Vaccination in Burma 1889-1999 - 1889-1999
Year: 1889
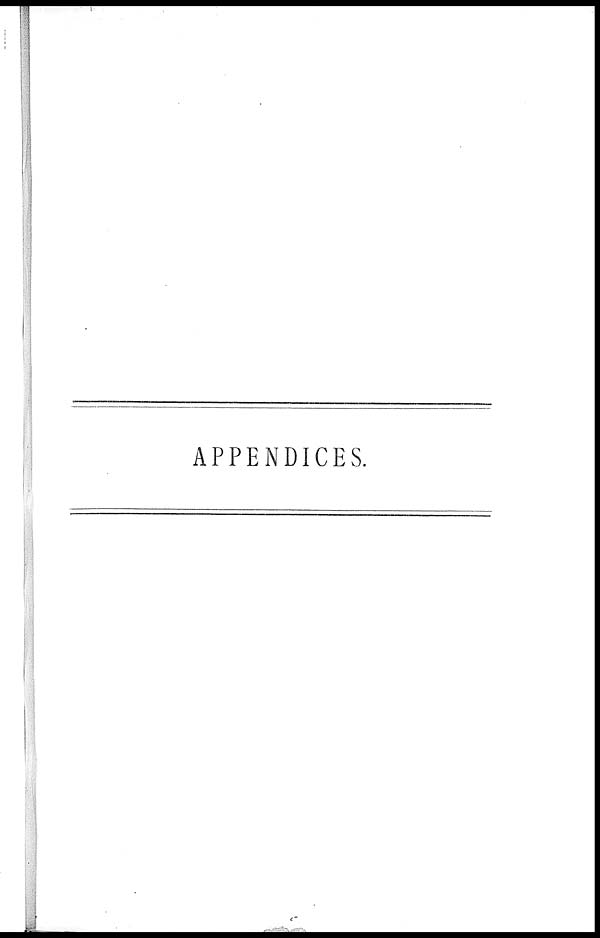
APPENDICES.